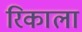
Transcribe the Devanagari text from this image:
रिकाला